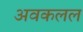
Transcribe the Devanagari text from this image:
अवकलल